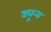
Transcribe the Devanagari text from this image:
ड्युन्स